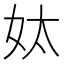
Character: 𡛕